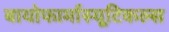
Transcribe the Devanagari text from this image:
बायोफार्मास्यूटिकल्स